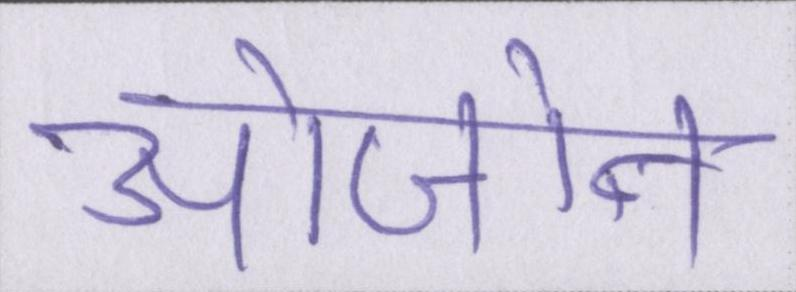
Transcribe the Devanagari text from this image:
ओजोन